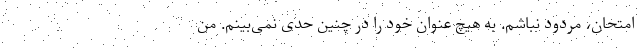
امتحان، مردود نباشم. به هیچ عنوان خود را در چنین حدی نمی‌بینم. من